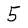
Character: 5